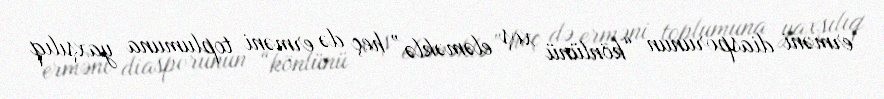
erməni diasporunun “könlünü xoş eləməklə” heç də erməni toplumuna yaxşılıq